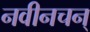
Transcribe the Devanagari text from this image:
नवीनचन्